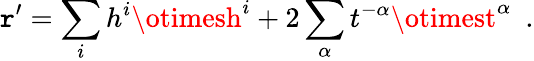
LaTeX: \mathtt{r}^{\prime}=\sum_{i}h^{i}\otimesh^{i}+2\sum_{\alpha}t^{-\alpha}\otimest^{\alpha}\ \ .